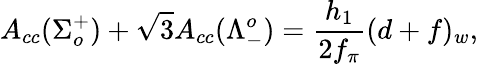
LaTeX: A_{cc}(\Sigma_{o}^{+})+\sqrt{3}A_{cc}(\Lambda_{-}^{o})=\frac{h_{1}}{2f_{\pi}}(d+f)_{w},